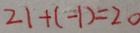
2 1 + ( - 1 ) = 2 0